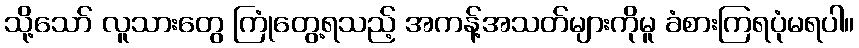
သို့သော် လူသားတွေ ကြုံတွေ့ရသည့် အကန့်အသတ်များကိုမူ ခံစားကြရပုံမရပါ။